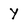
Character: y